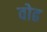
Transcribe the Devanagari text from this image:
वोढ